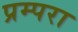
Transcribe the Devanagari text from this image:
प्रम्परा